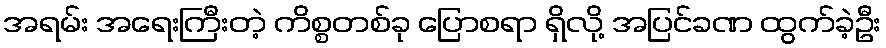
အရမ်း အရေးကြီးတဲ့ ကိစ္စတစ်ခု ပြောစရာ ရှိလို့ အပြင်ခဏ ထွက်ခဲ့ဦး